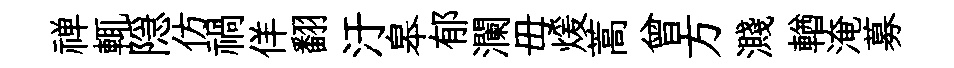
禅輒隠仿禍佯翻汙皋郁瀾毋煖蒿曾方濺輶淹募